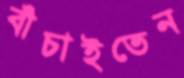
বাঁচাইতেন